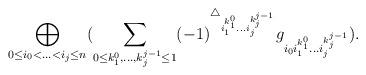
LaTeX: \begin{align*}\displaystyle\bigoplus_{0\le i_0<...< i_j\le n}(\displaystyle\sum_{0\le k^0_1,...,k^{j-1}_j \le 1}(-1)^{\triangle_{{i}^{k^0_1}_1...{i}^{k^{j-1}_j}_j}}g_{i_0{i}^{k^0_1}_1...{i}^{k^{j-1}_j}_j}).\end{align*}